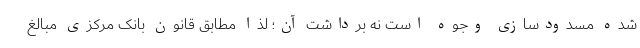
شده مسدودسازی وجوه است نه برداشت آن؛ لذا مطابق قانون بانک مرکزی مبالغ